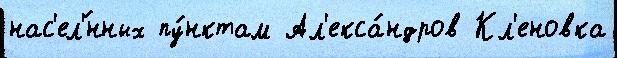
нас'ел'́нных пу́нктам Ал'екса́ндров Кл'еновка